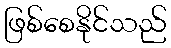
ဖြစ်စေနိုင်သည်